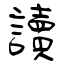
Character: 讀